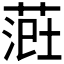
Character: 𫈲